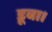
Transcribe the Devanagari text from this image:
डूबा।